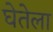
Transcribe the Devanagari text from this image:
घेतेला